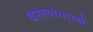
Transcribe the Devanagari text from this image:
धरल्यासारखें